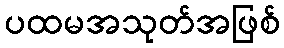
ပထမအသုတ်အဖြစ်